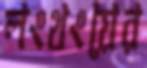
লংথংয়ের